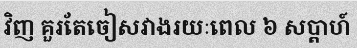
វិញ គួរតែចៀសវាងរយៈពេល ៦ សប្តាហ៍